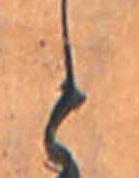
と